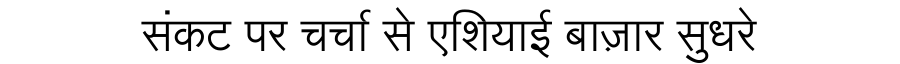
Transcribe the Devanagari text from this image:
संकट पर चर्चा से एशियाई बाज़ार सुधरे